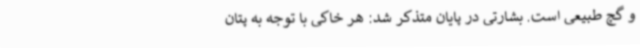
و گچ طبیعی است. بشارتی در پایان متذکر شد: هر خاکی با توجه به پتان